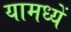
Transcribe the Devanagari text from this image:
यामध्यें